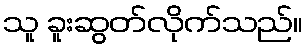
သူ ခူးဆွတ်လိုက်သည်။